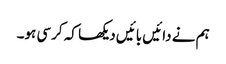
ہم نے دائیں بائیں دیکھا کہ کرسی ہو۔